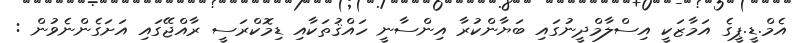
އެމް.ޑީ.ޕީގެ އަމާޒަކީ އިސްލާމްދީނުގައި ބަޔާންކުރާ އިންސާނީ ހައްޤުތަކާއި ޑިމޮކްރަސީ ރާއްޖޭގައި އަށަގެންނެވުން :